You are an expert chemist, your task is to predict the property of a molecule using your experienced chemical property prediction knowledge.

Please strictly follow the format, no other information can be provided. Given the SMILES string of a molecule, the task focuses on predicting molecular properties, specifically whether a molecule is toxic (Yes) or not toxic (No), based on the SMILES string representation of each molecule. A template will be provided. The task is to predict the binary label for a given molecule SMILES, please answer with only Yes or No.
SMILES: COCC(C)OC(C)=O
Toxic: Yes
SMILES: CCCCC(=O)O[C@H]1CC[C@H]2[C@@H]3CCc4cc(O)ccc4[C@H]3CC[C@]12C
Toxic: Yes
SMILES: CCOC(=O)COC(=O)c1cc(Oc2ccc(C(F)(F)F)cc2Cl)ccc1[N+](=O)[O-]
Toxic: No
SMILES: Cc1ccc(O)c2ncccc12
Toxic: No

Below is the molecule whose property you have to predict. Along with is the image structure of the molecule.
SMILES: CC(C)C[C@H]1C(=O)N2CCC[C@H]2[C@]2(O)O[C@](NC(=O)[C@@H]3C=C4c5cccc6[nH]c(Br)c(c56)C[C@H]4N(C)C3)(C(C)C)C(=O)N12
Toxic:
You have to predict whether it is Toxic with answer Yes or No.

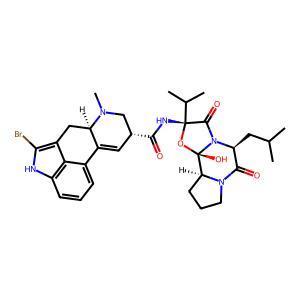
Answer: No